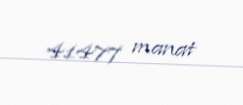
41477 manat